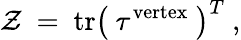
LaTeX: {\cal Z}~=~\mathrm{tr}\left(~\tau^{\mathrm{vertex}}~\right)^{T}\ ,